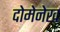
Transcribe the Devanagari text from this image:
दोमेनेख